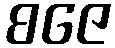
စဇေ